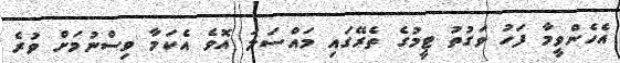
އެހެންވީމާ ފަހު ވަގުތު ޓީމުގެ ތެރޭގައި މައްސަލަ އޮވެ އެކަމާ ވިސްނުމަށް ވުރެ